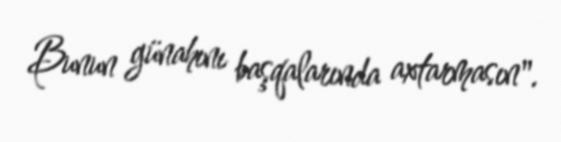
Bunun günahını başqalarında axtarmasın".